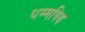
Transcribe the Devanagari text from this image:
धम्मपिय